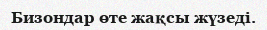
Бизондар өте жақсы жүзеді.